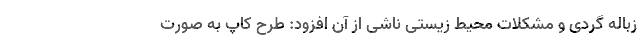
زباله گردی و مشکلات محیط زیستی ناشی از آن افزود: طرح کاپ به صورت